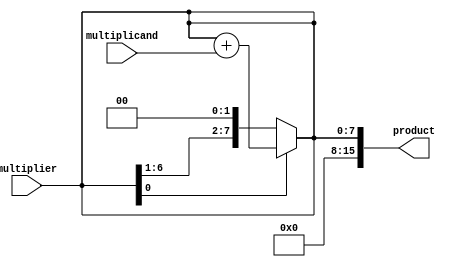
module booth_multiplier (
  input wire [7:0] multiplicand,
  input wire [7:0] multiplier,
  output reg [15:0] product
);

reg [7:0] M;
reg [7:0] A;
wire Ai;

always @ (multiplicand, multiplier)
begin
  M = multiplicand;
  A = multiplier;
end

always @ (Ai, A)
begin
  if (Ai == 0)
    A = A << 1;
  else
    A = A + M;
end

assign Ai = A[0];

always @ (A)
begin
  product = A;
end

endmodule